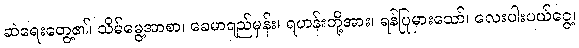
ဆဲရေးတွေ့၏၊ သိမ်မွေ့အာစာ၊ ခေမာရည်မှန်း၊ ရဟန်းတို့အား၊ ရန်ပြုမှားသော်၊ လေးပါးပယ်ငွေ့၊